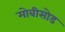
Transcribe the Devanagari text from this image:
मोबीसोड